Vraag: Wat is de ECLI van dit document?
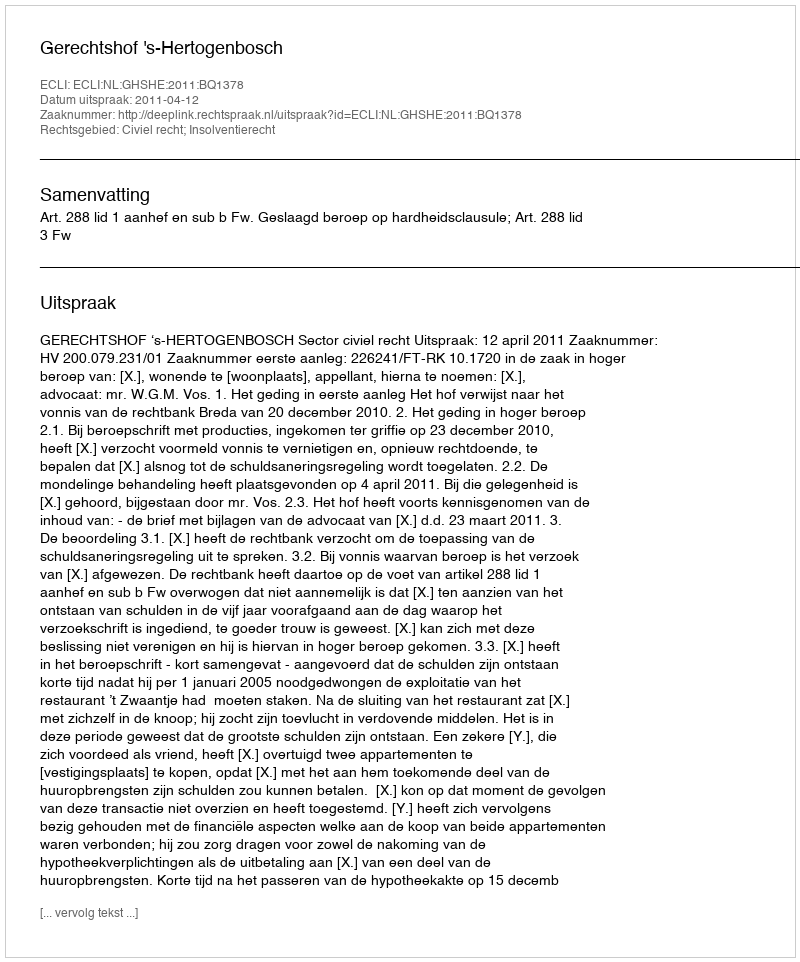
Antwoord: ECLI:NL:GHSHE:2011:BQ1378